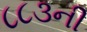
૮૮૩ની